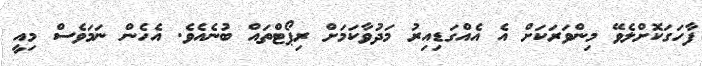
ފާހަގަކޮށްލެވޭ މިންވަރަކަށް އެ އެއްގަޑިއިރު މަދުވާކަމަށް ރިޕޯޓްތައް ބުނެއެވެ. އެހެން ނަމަވެސް މިއީ